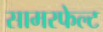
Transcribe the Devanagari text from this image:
सामरफेल्ट